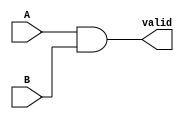
module grover_compare11(A, B, valid);
    input A, B;
    output valid;
    assign valid = A & B;
endmodule